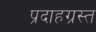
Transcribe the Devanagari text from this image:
प्रदाहग्रस्त